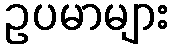
ဥပမာများ